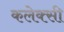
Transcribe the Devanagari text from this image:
कलेक्सी